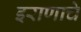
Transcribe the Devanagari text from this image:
इराणाचे